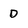
Character: D